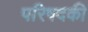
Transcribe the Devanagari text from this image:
परिषदकी